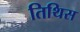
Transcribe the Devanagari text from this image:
तिथिस